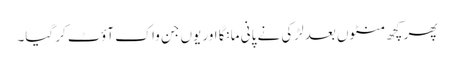
پھر کچھ منٹوں بعد لڑکی نے پانی مانگا اور یوں جن واک آؤٹ کر گیا۔